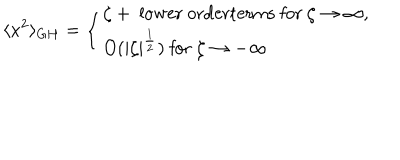
LaTeX: \langle x ^ { 2 } \rangle _ { G H } = \left\{ \begin{array} { l } { { \zeta + \mathrm { ~ l o w e r ~ o r d e r t e r m s ~ f o r ~ } \zeta \to \infty , } } \\ { { O ( | \zeta | ^ { \frac 1 2 } ) \mathrm { ~ f o r ~ } \zeta \to - \infty } } \\ \end{array} \right.